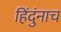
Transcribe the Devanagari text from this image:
हिंदुंनाच